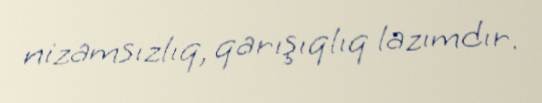
nizamsızlıq, qarışıqlıq lazımdır.